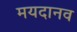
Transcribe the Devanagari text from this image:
मयदानव